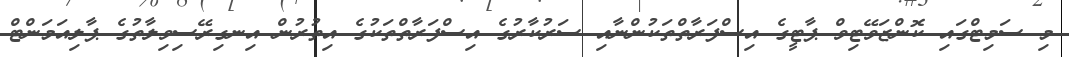
މި ސަމިޓްގައި ކޮންޒަވޭޓިވް ޕާޓީގެ އިސްފަރާތްތަކުންނާއި ސަރުކާރުގެ އިސްފަރާތްތަކުގެ އިތުރުން އިނގިރޭސިވިލާތުގެ ޕާލިއަމަންޓް